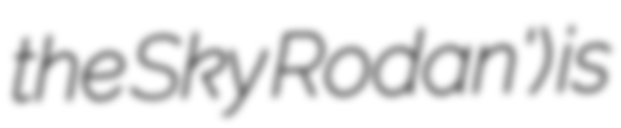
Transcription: the Sky Rodan') is